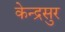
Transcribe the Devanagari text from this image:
केन्द्रसुर